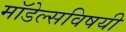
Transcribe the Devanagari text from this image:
मॉडेल्सविषयी